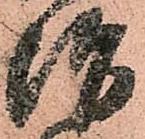
治